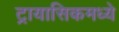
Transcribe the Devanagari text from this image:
ट्रायासिकमध्ये